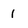
Character: 1